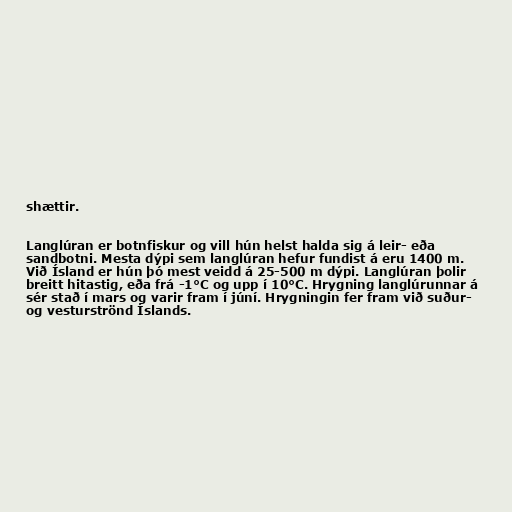
shættir.

Langlúran er botnfiskur og vill hún helst halda sig á leir- eða
sandbotni. Mesta dýpi sem langlúran hefur fundist á eru 1400 m.
Við Ísland er hún þó mest veidd á 25-500 m dýpi. Langlúran þolir
breitt hitastig, eða frá -1°C og upp í 10°C. Hrygning langlúrunnar á
sér stað í mars og varir fram í júní. Hrygningin fer fram við suður-
og vesturströnd Íslands.